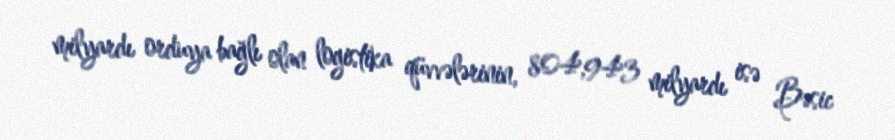
milyardı orduya bağlı olan logistika qüvvələrinin, 804,943 milyardı isə Bəsic